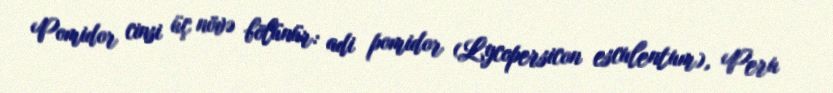
Pomidor cinsi üç növə bölünür: adi pomidor (Lycopersicon esculentum), Peru